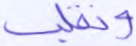
ونقلب